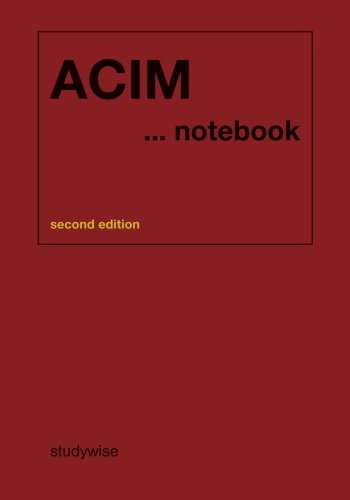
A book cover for A Course In Miracles...notebook; studywise; Religion & Spirituality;